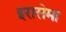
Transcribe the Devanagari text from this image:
इरासेमा